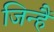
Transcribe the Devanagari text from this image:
जिन्हैं